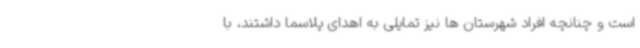
است و چنانچه افراد شهرستان ها نیز تمایلی به اهدای پلاسما داشتند، با